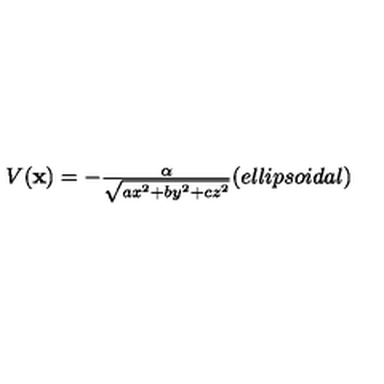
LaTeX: \begin{array} { c } { V ( { \bf x } ) = - { \frac { \alpha } { \sqrt { a x ^ { 2 } + b y ^ { 2 } + c z ^ { 2 } } } } \space \space \space \space ( e l l i p s o i d a l ) } \\ \end{array}